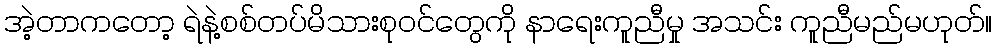
အဲ့တာကတော့ ရဲနဲ့စစ်တပ်မိသားစုဝင်တွေကို နာရေးကူညီမှု အသင်း ကူညီမည်မဟုတ်။